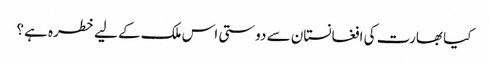
کیا بھارت کی افغانستان سے دوستی اس ملک کے لیے خطرہ ہے؟